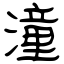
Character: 潼